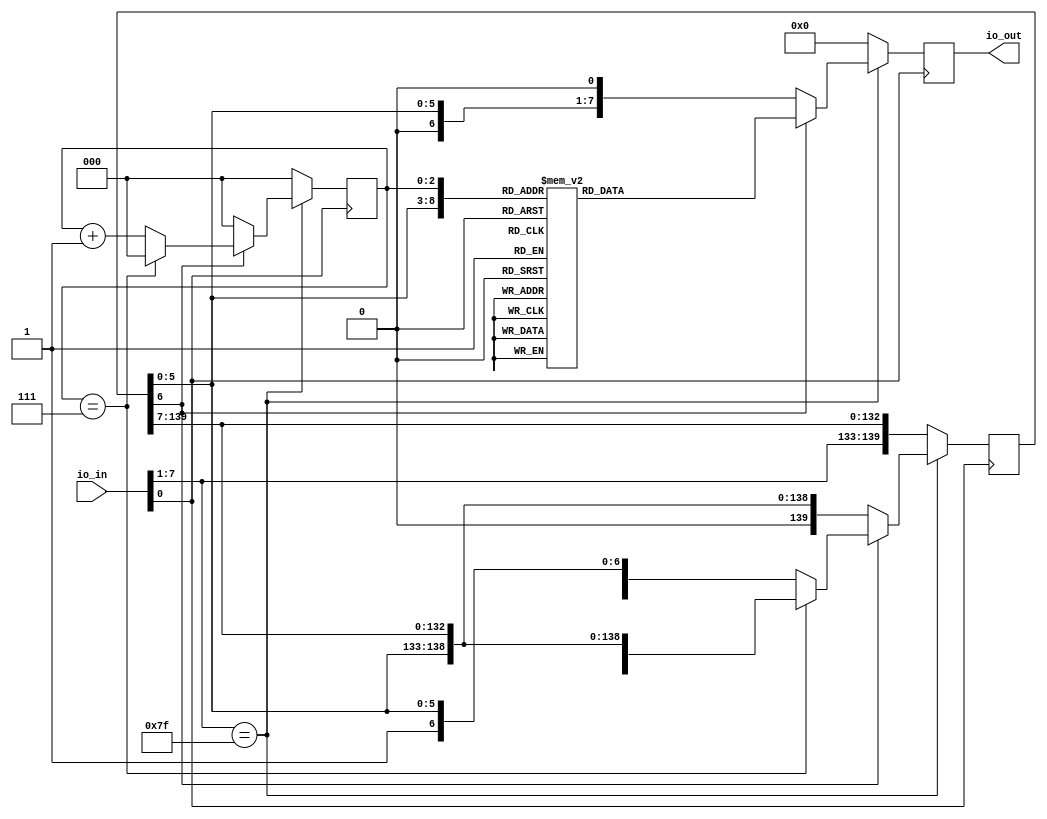
module option23 (
    input [7:0] io_in,
    output reg [7:0] io_out
);

parameter WORD_COUNT = 20;

wire clk = io_in[0];
wire [6:0] din = io_in[7:1];

reg [2:0] counter;
reg [7 * WORD_COUNT - 1: 0] buffer;

always@(posedge clk) begin
    if(din == 7'b1111111) begin
        if(!buffer[6]) begin
            io_out <= {1'b0, buffer[5:0], 1'b0};
            buffer <= {buffer[6: 0], buffer[7 * WORD_COUNT - 1: 7]};
            counter <= 3'd0;
        end else begin
            if(counter == 3'b111) begin
                buffer <= {buffer[6: 0], buffer[7 * WORD_COUNT - 1: 7]};
                counter <= 3'd0;
            end else begin
                counter <= counter + 1'd1;
            end
            case({buffer[5:0], counter[2:0]})
				9'b000001010: io_out <= 8'b00000110;
				9'b000001011: io_out <= 8'b01011111;
				9'b000001100: io_out <= 8'b00000110;
				9'b000010010: io_out <= 8'b00000111;
				9'b000010101: io_out <= 8'b00000111;
				9'b000011001: io_out <= 8'b00010100;
				9'b000011010: io_out <= 8'b01111111;
				9'b000011011: io_out <= 8'b00010100;
				9'b000011100: io_out <= 8'b00010100;
				9'b000011101: io_out <= 8'b01111111;
				9'b000011110: io_out <= 8'b00010100;
				9'b000101001: io_out <= 8'b01000110;
				9'b000101010: io_out <= 8'b00100110;
				9'b000101011: io_out <= 8'b00010000;
				9'b000101100: io_out <= 8'b00001000;
				9'b000101101: io_out <= 8'b01100100;
				9'b000101110: io_out <= 8'b01100010;
				9'b000111010: io_out <= 8'b00000100;
				9'b000111011: io_out <= 8'b00000011;
				9'b001011001: io_out <= 8'b00001000;
				9'b001011010: io_out <= 8'b00001000;
				9'b001011011: io_out <= 8'b00111110;
				9'b001011100: io_out <= 8'b00001000;
				9'b001011101: io_out <= 8'b00001000;
				9'b001100010: io_out <= 8'b10000000;
				9'b001100011: io_out <= 8'b01100000;
				9'b001101001: io_out <= 8'b00001000;
				9'b001101010: io_out <= 8'b00001000;
				9'b001101011: io_out <= 8'b00001000;
				9'b001101100: io_out <= 8'b00001000;
				9'b001101101: io_out <= 8'b00001000;
				9'b001101110: io_out <= 8'b00001000;
				9'b001110011: io_out <= 8'b01100000;
				9'b001111001: io_out <= 8'b01000000;
				9'b001111010: io_out <= 8'b00100000;
				9'b001111011: io_out <= 8'b00010000;
				9'b001111100: io_out <= 8'b00001000;
				9'b001111101: io_out <= 8'b00000100;
				9'b001111110: io_out <= 8'b00000010;
				9'b010000001: io_out <= 8'b00111110;
				9'b010000010: io_out <= 8'b01100001;
				9'b010000011: io_out <= 8'b01010001;
				9'b010000100: io_out <= 8'b01001001;
				9'b010000101: io_out <= 8'b01000101;
				9'b010000110: io_out <= 8'b00111110;
				9'b010001001: io_out <= 8'b01000100;
				9'b010001010: io_out <= 8'b01000010;
				9'b010001011: io_out <= 8'b01111111;
				9'b010001100: io_out <= 8'b01000000;
				9'b010001101: io_out <= 8'b01000000;
				9'b010010001: io_out <= 8'b01100010;
				9'b010010010: io_out <= 8'b01010001;
				9'b010010011: io_out <= 8'b01010001;
				9'b010010100: io_out <= 8'b01001001;
				9'b010010101: io_out <= 8'b01001001;
				9'b010010110: io_out <= 8'b01100110;
				9'b010011001: io_out <= 8'b00100010;
				9'b010011010: io_out <= 8'b01000001;
				9'b010011011: io_out <= 8'b01001001;
				9'b010011100: io_out <= 8'b01001001;
				9'b010011101: io_out <= 8'b01001001;
				9'b010011110: io_out <= 8'b00110110;
				9'b010100000: io_out <= 8'b00010000;
				9'b010100001: io_out <= 8'b00011000;
				9'b010100010: io_out <= 8'b00010100;
				9'b010100011: io_out <= 8'b01010010;
				9'b010100100: io_out <= 8'b01111111;
				9'b010100101: io_out <= 8'b01010000;
				9'b010100110: io_out <= 8'b00010000;
				9'b010101001: io_out <= 8'b00100111;
				9'b010101010: io_out <= 8'b01000101;
				9'b010101011: io_out <= 8'b01000101;
				9'b010101100: io_out <= 8'b01000101;
				9'b010101101: io_out <= 8'b01000101;
				9'b010101110: io_out <= 8'b00111001;
				9'b010110001: io_out <= 8'b00111100;
				9'b010110010: io_out <= 8'b01001010;
				9'b010110011: io_out <= 8'b01001001;
				9'b010110100: io_out <= 8'b01001001;
				9'b010110101: io_out <= 8'b01001001;
				9'b010110110: io_out <= 8'b00110000;
				9'b010111001: io_out <= 8'b00000011;
				9'b010111010: io_out <= 8'b00000001;
				9'b010111011: io_out <= 8'b01110001;
				9'b010111100: io_out <= 8'b00001001;
				9'b010111101: io_out <= 8'b00000101;
				9'b010111110: io_out <= 8'b00000011;
				9'b011000001: io_out <= 8'b00110110;
				9'b011000010: io_out <= 8'b01001001;
				9'b011000011: io_out <= 8'b01001001;
				9'b011000100: io_out <= 8'b01001001;
				9'b011000101: io_out <= 8'b01001001;
				9'b011000110: io_out <= 8'b00110110;
				9'b011001001: io_out <= 8'b00000110;
				9'b011001010: io_out <= 8'b01001001;
				9'b011001011: io_out <= 8'b01001001;
				9'b011001100: io_out <= 8'b01001001;
				9'b011001101: io_out <= 8'b00101001;
				9'b011001110: io_out <= 8'b00011110;
				9'b011010011: io_out <= 8'b01100110;
				9'b011011010: io_out <= 8'b10000000;
				9'b011011011: io_out <= 8'b01100110;
				9'b011111001: io_out <= 8'b00000010;
				9'b011111010: io_out <= 8'b00000001;
				9'b011111011: io_out <= 8'b00000001;
				9'b011111100: io_out <= 8'b01010001;
				9'b011111101: io_out <= 8'b00001001;
				9'b011111110: io_out <= 8'b00000110;
				9'b100000001: io_out <= 8'b00111110;
				9'b100000010: io_out <= 8'b01000001;
				9'b100000011: io_out <= 8'b01011101;
				9'b100000100: io_out <= 8'b01010101;
				9'b100000101: io_out <= 8'b01010101;
				9'b100000110: io_out <= 8'b00011110;
				9'b100001001: io_out <= 8'b01111100;
				9'b100001010: io_out <= 8'b00010010;
				9'b100001011: io_out <= 8'b00010001;
				9'b100001100: io_out <= 8'b00010001;
				9'b100001101: io_out <= 8'b00010010;
				9'b100001110: io_out <= 8'b01111100;
				9'b100010001: io_out <= 8'b01000001;
				9'b100010010: io_out <= 8'b01111111;
				9'b100010011: io_out <= 8'b01001001;
				9'b100010100: io_out <= 8'b01001001;
				9'b100010101: io_out <= 8'b01001001;
				9'b100010110: io_out <= 8'b00110110;
				9'b100011001: io_out <= 8'b00011100;
				9'b100011010: io_out <= 8'b00100010;
				9'b100011011: io_out <= 8'b01000001;
				9'b100011100: io_out <= 8'b01000001;
				9'b100011101: io_out <= 8'b01000001;
				9'b100011110: io_out <= 8'b00100010;
				9'b100100001: io_out <= 8'b01000001;
				9'b100100010: io_out <= 8'b01111111;
				9'b100100011: io_out <= 8'b01000001;
				9'b100100100: io_out <= 8'b01000001;
				9'b100100101: io_out <= 8'b00100010;
				9'b100100110: io_out <= 8'b00011100;
				9'b100101001: io_out <= 8'b01000001;
				9'b100101010: io_out <= 8'b01111111;
				9'b100101011: io_out <= 8'b01001001;
				9'b100101100: io_out <= 8'b01011101;
				9'b100101101: io_out <= 8'b01000001;
				9'b100101110: io_out <= 8'b01100011;
				9'b100110001: io_out <= 8'b01000001;
				9'b100110010: io_out <= 8'b01111111;
				9'b100110011: io_out <= 8'b01001001;
				9'b100110100: io_out <= 8'b00011101;
				9'b100110101: io_out <= 8'b00000001;
				9'b100110110: io_out <= 8'b00000011;
				9'b100111001: io_out <= 8'b00011100;
				9'b100111010: io_out <= 8'b00100010;
				9'b100111011: io_out <= 8'b01000001;
				9'b100111100: io_out <= 8'b01010001;
				9'b100111101: io_out <= 8'b01010001;
				9'b100111110: io_out <= 8'b01110010;
				9'b101000001: io_out <= 8'b01111111;
				9'b101000010: io_out <= 8'b00001000;
				9'b101000011: io_out <= 8'b00001000;
				9'b101000100: io_out <= 8'b00001000;
				9'b101000101: io_out <= 8'b00001000;
				9'b101000110: io_out <= 8'b01111111;
				9'b101001010: io_out <= 8'b01000001;
				9'b101001011: io_out <= 8'b01111111;
				9'b101001100: io_out <= 8'b01000001;
				9'b101010001: io_out <= 8'b00110000;
				9'b101010010: io_out <= 8'b01000000;
				9'b101010011: io_out <= 8'b01000000;
				9'b101010100: io_out <= 8'b01000001;
				9'b101010101: io_out <= 8'b00111111;
				9'b101010110: io_out <= 8'b00000001;
				9'b101011001: io_out <= 8'b01000001;
				9'b101011010: io_out <= 8'b01111111;
				9'b101011011: io_out <= 8'b00001000;
				9'b101011100: io_out <= 8'b00010100;
				9'b101011101: io_out <= 8'b00100010;
				9'b101011110: io_out <= 8'b01000001;
				9'b101011111: io_out <= 8'b01000000;
				9'b101100001: io_out <= 8'b01000001;
				9'b101100010: io_out <= 8'b01111111;
				9'b101100011: io_out <= 8'b01000001;
				9'b101100100: io_out <= 8'b01000000;
				9'b101100101: io_out <= 8'b01000000;
				9'b101100110: io_out <= 8'b01100000;
				9'b101101001: io_out <= 8'b01111111;
				9'b101101010: io_out <= 8'b00000001;
				9'b101101011: io_out <= 8'b00000010;
				9'b101101100: io_out <= 8'b00000100;
				9'b101101101: io_out <= 8'b00000010;
				9'b101101110: io_out <= 8'b00000001;
				9'b101101111: io_out <= 8'b01111111;
				9'b101110001: io_out <= 8'b01111111;
				9'b101110010: io_out <= 8'b00000001;
				9'b101110011: io_out <= 8'b00000010;
				9'b101110100: io_out <= 8'b00000100;
				9'b101110101: io_out <= 8'b00001000;
				9'b101110110: io_out <= 8'b01111111;
				9'b101111001: io_out <= 8'b00011100;
				9'b101111010: io_out <= 8'b00100010;
				9'b101111011: io_out <= 8'b01000001;
				9'b101111100: io_out <= 8'b01000001;
				9'b101111101: io_out <= 8'b00100010;
				9'b101111110: io_out <= 8'b00011100;
				9'b110000001: io_out <= 8'b01000001;
				9'b110000010: io_out <= 8'b01111111;
				9'b110000011: io_out <= 8'b01001001;
				9'b110000100: io_out <= 8'b00001001;
				9'b110000101: io_out <= 8'b00001001;
				9'b110000110: io_out <= 8'b00000110;
				9'b110001001: io_out <= 8'b00011110;
				9'b110001010: io_out <= 8'b00100001;
				9'b110001011: io_out <= 8'b00100001;
				9'b110001100: io_out <= 8'b00110001;
				9'b110001101: io_out <= 8'b00100001;
				9'b110001110: io_out <= 8'b01011110;
				9'b110001111: io_out <= 8'b01000000;
				9'b110010001: io_out <= 8'b01000001;
				9'b110010010: io_out <= 8'b01111111;
				9'b110010011: io_out <= 8'b01001001;
				9'b110010100: io_out <= 8'b00011001;
				9'b110010101: io_out <= 8'b00101001;
				9'b110010110: io_out <= 8'b01000110;
				9'b110011001: io_out <= 8'b00100110;
				9'b110011010: io_out <= 8'b01001001;
				9'b110011011: io_out <= 8'b01001001;
				9'b110011100: io_out <= 8'b01001001;
				9'b110011101: io_out <= 8'b01001001;
				9'b110011110: io_out <= 8'b00110010;
				9'b110100001: io_out <= 8'b00000011;
				9'b110100010: io_out <= 8'b00000001;
				9'b110100011: io_out <= 8'b01000001;
				9'b110100100: io_out <= 8'b01111111;
				9'b110100101: io_out <= 8'b01000001;
				9'b110100110: io_out <= 8'b00000001;
				9'b110100111: io_out <= 8'b00000011;
				9'b110101001: io_out <= 8'b00111111;
				9'b110101010: io_out <= 8'b01000000;
				9'b110101011: io_out <= 8'b01000000;
				9'b110101100: io_out <= 8'b01000000;
				9'b110101101: io_out <= 8'b01000000;
				9'b110101110: io_out <= 8'b00111111;
				9'b110110001: io_out <= 8'b00001111;
				9'b110110010: io_out <= 8'b00010000;
				9'b110110011: io_out <= 8'b00100000;
				9'b110110100: io_out <= 8'b01000000;
				9'b110110101: io_out <= 8'b00100000;
				9'b110110110: io_out <= 8'b00010000;
				9'b110110111: io_out <= 8'b00001111;
				9'b110111001: io_out <= 8'b00111111;
				9'b110111010: io_out <= 8'b01000000;
				9'b110111011: io_out <= 8'b01000000;
				9'b110111100: io_out <= 8'b00111000;
				9'b110111101: io_out <= 8'b01000000;
				9'b110111110: io_out <= 8'b01000000;
				9'b110111111: io_out <= 8'b00111111;
				9'b111000001: io_out <= 8'b01000001;
				9'b111000010: io_out <= 8'b00100010;
				9'b111000011: io_out <= 8'b00010100;
				9'b111000100: io_out <= 8'b00001000;
				9'b111000101: io_out <= 8'b00010100;
				9'b111000110: io_out <= 8'b00100010;
				9'b111000111: io_out <= 8'b01000001;
				9'b111001001: io_out <= 8'b00000001;
				9'b111001010: io_out <= 8'b00000010;
				9'b111001011: io_out <= 8'b01000100;
				9'b111001100: io_out <= 8'b01111000;
				9'b111001101: io_out <= 8'b01000100;
				9'b111001110: io_out <= 8'b00000010;
				9'b111001111: io_out <= 8'b00000001;
				9'b111010001: io_out <= 8'b01000011;
				9'b111010010: io_out <= 8'b01100001;
				9'b111010011: io_out <= 8'b01010001;
				9'b111010100: io_out <= 8'b01001001;
				9'b111010101: io_out <= 8'b01000101;
				9'b111010110: io_out <= 8'b01000011;
				9'b111010111: io_out <= 8'b01100001;
				default: io_out <= 8'b00000000;            
			endcase;
        end
    end else begin
        buffer <= {din, buffer[7 * WORD_COUNT - 1: 7]};
        io_out <= 8'd0;
        counter <= 3'd0;
    end
end

endmodule